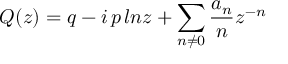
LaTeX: Q ( z ) = q - i \, p \, l n z + \sum _ { n \neq 0 } \frac { a _ { n } } { n } z ^ { - n }